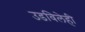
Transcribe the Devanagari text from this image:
उडविलेही